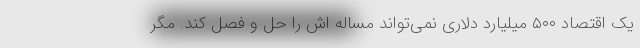
یک اقتصاد ۵۰۰ میلیارد دلاری نمی‌تواند مساله اش را حل و فصل کند. مگر